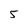
Character: 5